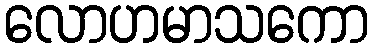
လောဟမာသကော